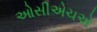
ઓસીએચએ